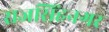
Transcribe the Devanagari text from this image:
राजसिंहनगर